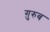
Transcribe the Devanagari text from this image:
ग़़ुरुब